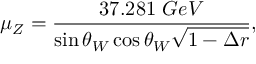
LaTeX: \mu _ { Z } = { \frac { 3 7 . 2 8 1 ~ G e V } { \sin \theta _ { W } \cos \theta _ { W } \sqrt { 1 - \Delta r } } } ,